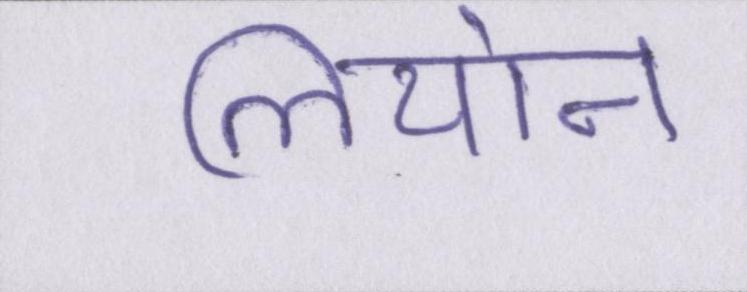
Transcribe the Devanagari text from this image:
लियोन